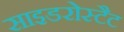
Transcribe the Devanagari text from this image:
साइडरोस्टैट